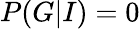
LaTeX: P(G|I)=0